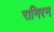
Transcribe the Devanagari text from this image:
रानिरन